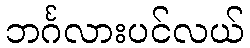
ဘင်္ဂလားပင်လယ်